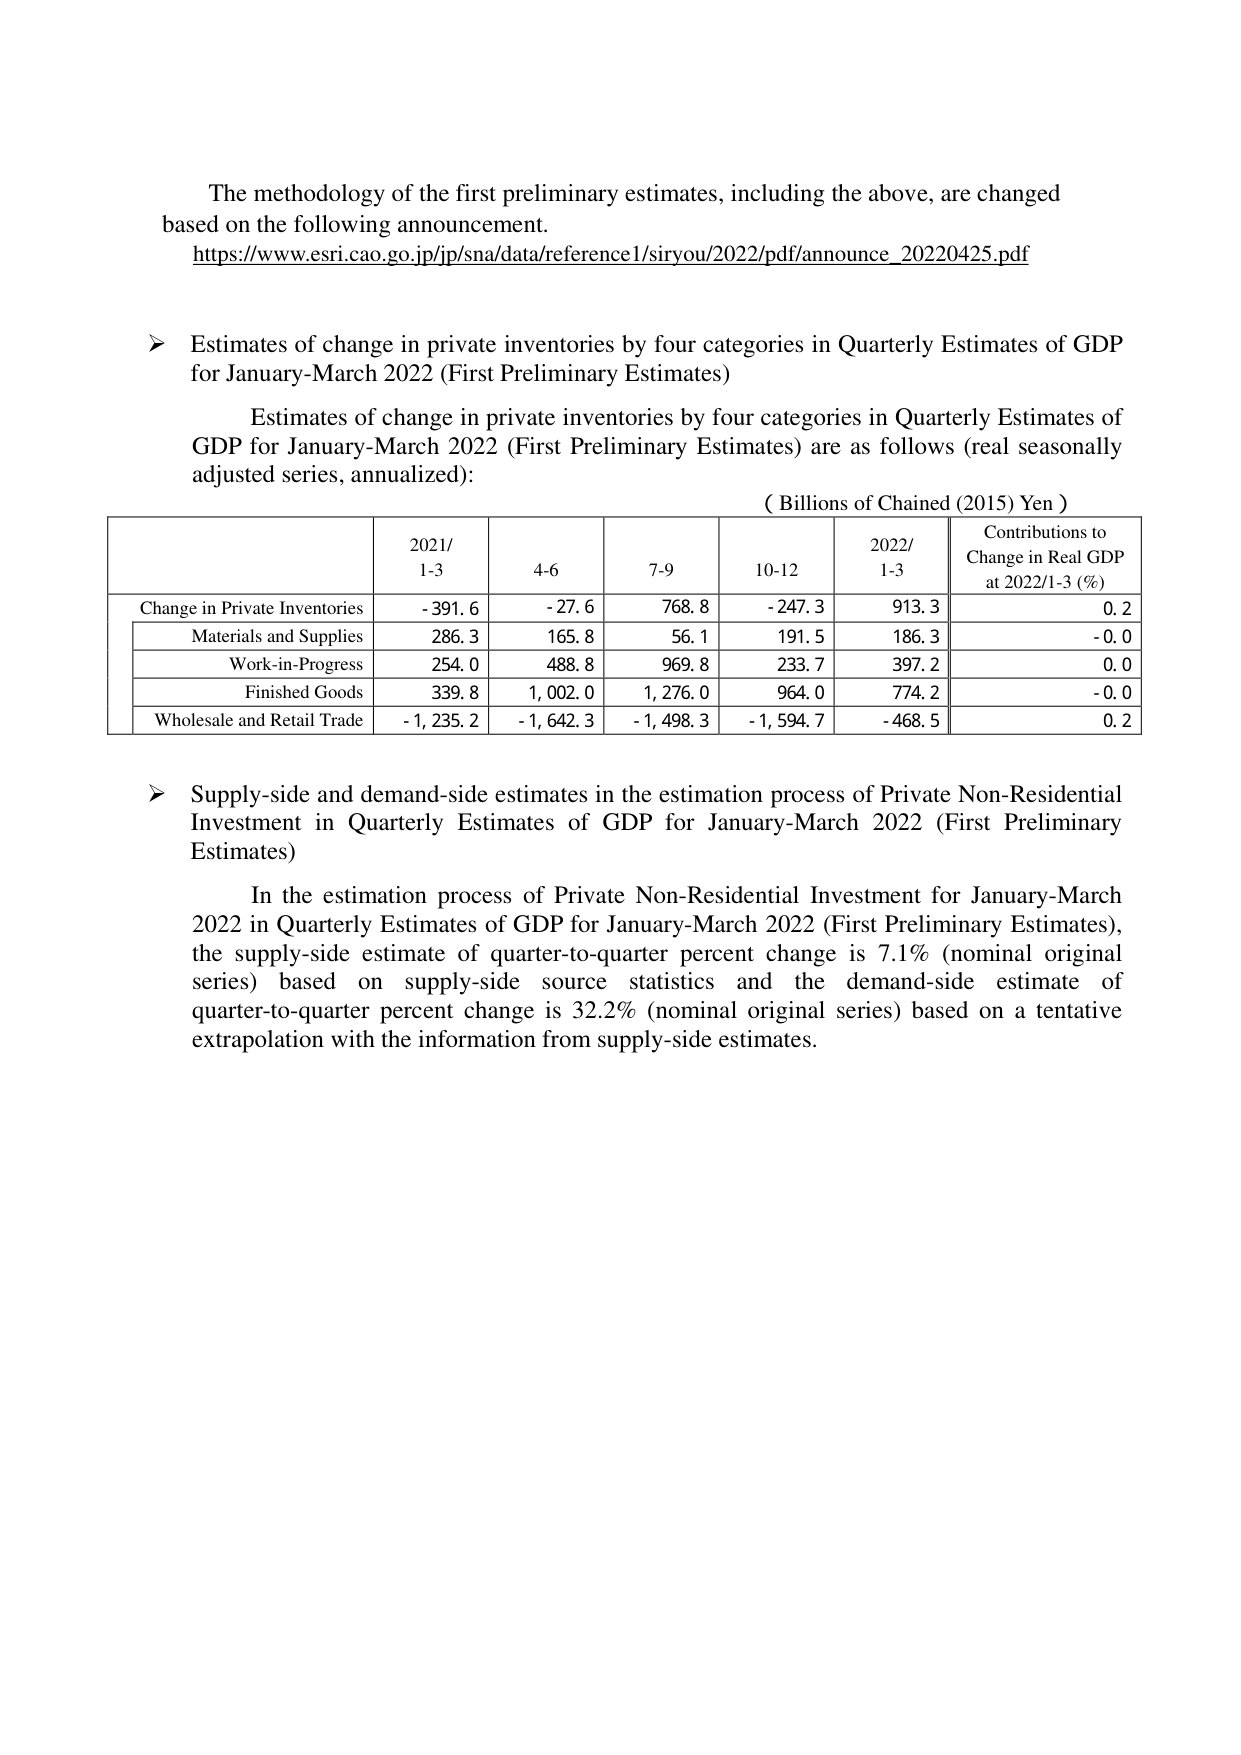
The methodology of the first preliminary estimates, including the above, are changed based on the following announcement.
https://www.esri.cao.go.jp/jp/sna/data/reference1/siryou/2022/pdf/announce_20220425.pdf

➤ Estimates of change in private inventories by four categories in Quarterly Estimates of GDP for January-March 2022 (First Preliminary Estimates)

Estimates of change in private inventories by four categories in Quarterly Estimates of GDP for January-March 2022 (First Preliminary Estimates) are as follows (real seasonally adjusted series, annualized):

(Billions of Chained (2015) Yen)

| | 2021/1-3 | 4-6 | 7-9 | 10-12 | 2022/1-3 | Contributions to Change in Real GDP at 2022/1-3 (%) |
|---|---|---|---|---|---|---|
| Change in Private Inventories | -391.6 | -27.6 | 768.8 | -247.3 | 913.3 | 0.2 |
| Materials and Supplies | 286.3 | 165.8 | 56.1 | 191.5 | 186.3 | -0.0 |
| Work-in-Progress | 254.0 | 488.8 | 969.8 | 233.7 | 397.2 | 0.0 |
| Finished Goods | 339.8 | 1,002.0 | 1,276.0 | 964.0 | 774.2 | -0.0 |
| Wholesale and Retail Trade | -1,235.2 | -1,642.3 | -1,498.3 | -1,594.7 | -468.5 | 0.2 |

➤ Supply-side and demand-side estimates in the estimation process of Private Non-Residential Investment in Quarterly Estimates of GDP for January-March 2022 (First Preliminary Estimates)

In the estimation process of Private Non-Residential Investment for January-March 2022 in Quarterly Estimates of GDP for January-March 2022 (First Preliminary Estimates), the supply-side estimate of quarter-to-quarter percent change is 7.1% (nominal original series) based on supply-side source statistics and the demand-side estimate of quarter-to-quarter percent change is 32.2% (nominal original series) based on a tentative extrapolation with the information from supply-side estimates.